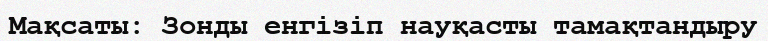
Мақсаты: Зонды енгізіп науқасты тамақтандыру